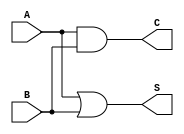
module threshold_half_adder (
    input wire A, // Binary input A
    input wire B, // Binary input B
    output wire S, // Sum output
    output wire C  // Carry output
);

// Assign S using XOR logic with the threshold condition
assign S = (A | B); // S is 1 if A + B >= 1

// Assign C using AND logic
assign C = A & B; // C is 1 only if both A and B are 1

endmodule